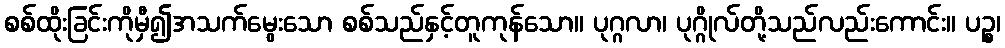
စစ်ထိုးခြင်းကိုမှီ၍အသက်မွေးသော စစ်သည်နှင့်တူကုန်သော။ ပုဂ္ဂလာ၊ ပုဂ္ဂိုလ်တို့သည်လည်းကောင်း။ ပဉ္စ၊